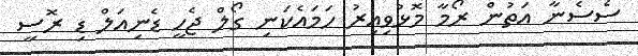
ސެސެނާ އަތުން ރޯމާ މޮޅުވިއިރު ހަމައެކަނި ގޯލް ޖެހީ ޑެނިއަލް ޑި ރޮސީ